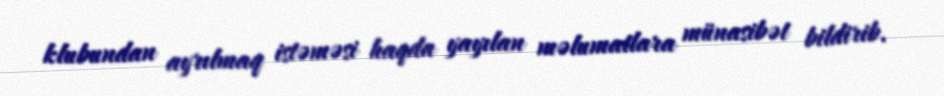
klubundan ayrılmaq istəməsi haqda yayılan məlumatlara münasibət bildirib.